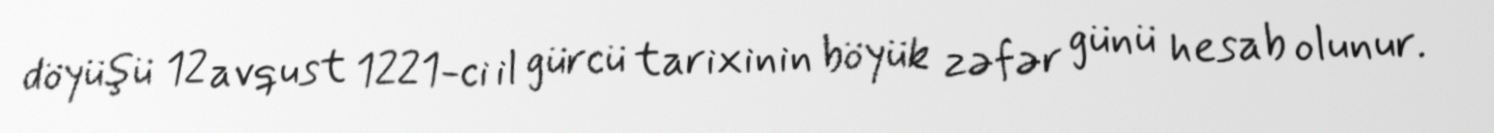
döyüşü 12 avqust 1221-ci il gürcü tarixinin böyük zəfər günü hesab olunur.